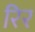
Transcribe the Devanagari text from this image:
रिर